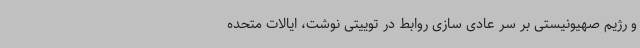
و رژیم صهیونیستی بر سر عادی سازی روابط در توییتی نوشت، ایالات متحده